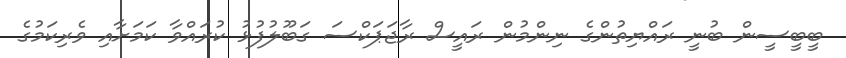
ބީބީސީން ބުނީ ރައްޔިތުންގެ ނިންމުން ރައީސް ރާޖަޕަކްސަ ގަބޫލުފުޅު ކުރައްވާ ކަމަށާއި ވެރިކަމުގެ